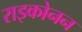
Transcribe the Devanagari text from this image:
राइकोनन